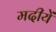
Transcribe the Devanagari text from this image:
मदीयें